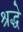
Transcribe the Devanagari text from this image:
श्रद्धे